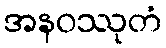
အနဝဿုတံ